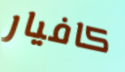
كافيار